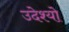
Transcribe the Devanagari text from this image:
उदेश्यो